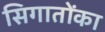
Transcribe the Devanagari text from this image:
सिगातोंका